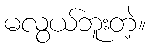
မလွယ်ဘူးတဲ့။